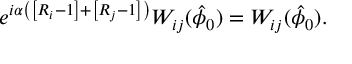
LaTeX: e ^ { i \alpha \left( \left[ R _ { i } - 1 \right] + \left[ R _ { j } - 1 \right] \right) } W _ { i j } ( \hat { \phi } _ { 0 } ) = W _ { i j } ( \hat { \phi } _ { 0 } ) .